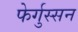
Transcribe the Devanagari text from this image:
फेर्गुस्सन